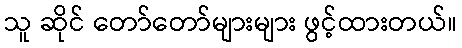
သူ ဆိုင် တော်တော်များများ ဖွင့်ထားတယ်။